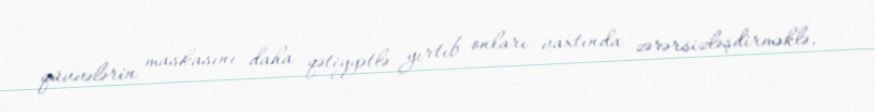
qüvvələrin maskasını daha qətiyyətlə yırtıb onları vaxtında zərərsizləşdirməklə,